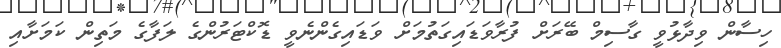
ހިސާން ވިދާޅުވީ ގާސިމް ބޭރަށް ފުރާވަޑައިގަތުމަށް ވަޑައިގެންނެވީ ޑޮކްޓަރުންގެ ލަފާގެ މަތިން ކަމަށާއި